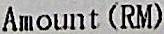
AMOUNT (RM)